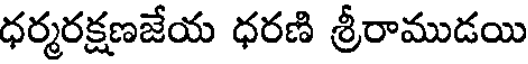
ధర్మరక్షణజేయ ధరణి శ్రీరాముడయి